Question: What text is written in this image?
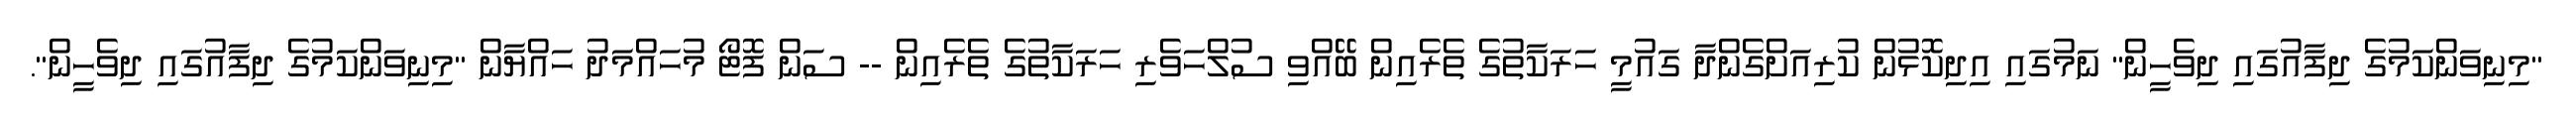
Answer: "މިނިވަންކަމުގެ ދިފާއުގައި ދިވެހީން" ނަމުގައި އިދިކޮޅުން ކުރިއަށްގެންދާ ގައުމީ ހަރަކާތުގެ ތެރެއިން ބޭއްވި ސުލްހަވެރި ހަރަކާތުގެ ތެރެއިން -- ސަން ފޮޓޯ މުހައްމަދު ހައްޔާން "މިނިވަންކަމުގެ ދިފާއުގައި ދިވެހީން".